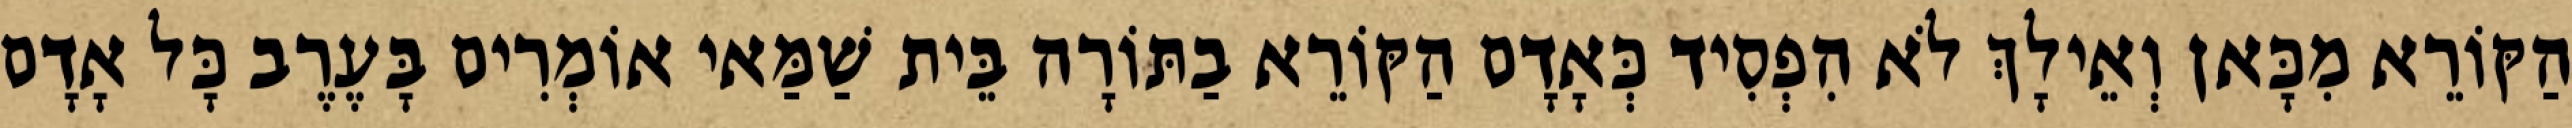
הַקּוֹרֵא מִכָּאן וְאֵילָךְ לֹא הִפְסִיד כְּאָדָם הַקּוֹרֵא בַתּוֹרָה בֵּית שַׁמַּאי אוֹמְרִים בָּעֶרֶב כָּל אָדָם